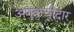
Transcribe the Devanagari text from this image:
अणुकुचीदार